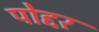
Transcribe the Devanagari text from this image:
पोद्दर